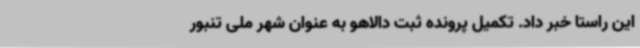
این راستا خبر داد. تکمیل پرونده ثبت دالاهو به عنوان شهر ملی تنبور